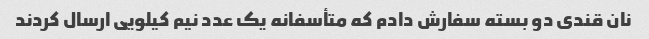
نان قندی دو بسته سفارش دادم که متأسفانه یک عدد نیم کیلویی ارسال کردند